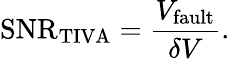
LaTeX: \textrm{SNR}_{\textrm{TIVA}}=\frac{V_{\textrm{fault}}}{\delta V}.